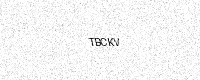
Text: TBCKV